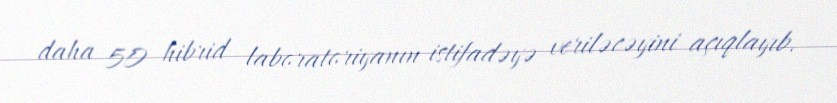
daha 50 hibrid laboratoriyanın istifadəyə veriləcəyini açıqlayıb.